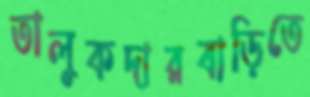
তালুকদারবাড়িতে